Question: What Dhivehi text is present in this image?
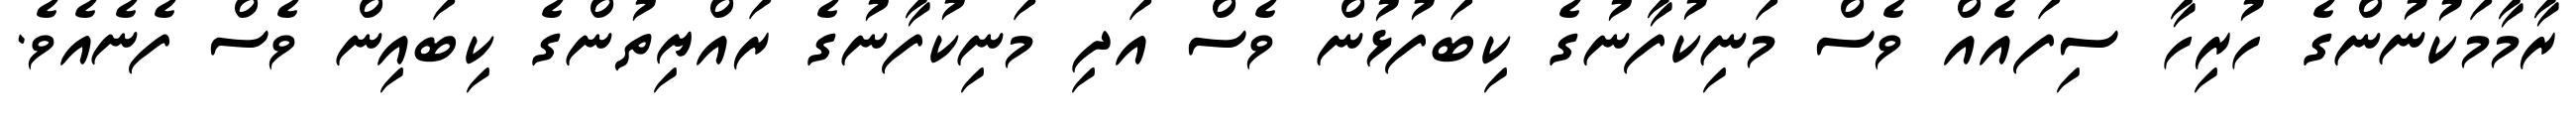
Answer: ރާމާމަކުނުންގެ ހުރިހާ ސިފައެއް ވެސް މަނިކުފާނުގެ ކިބަފުޅުން ވެސް އަދި މަނިކުފާނުގެ ރައްޔިތުންގެ ކިބައިން ވެސް ފެނެއެވެ.